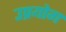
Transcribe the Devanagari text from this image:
उप्रयोग